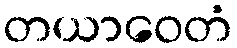
တယာဝေတံ